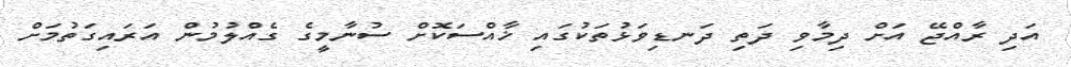
އަދި ރާއްޖޭ އަށް ދިމާވި ދަތި ދަނޑިވަޅުތަކުގައި ޚާއްްސަކޮށް ސުނާމީގެ ގެއްލުމުން އަރައިގަތުމަށް